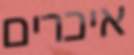
איכרים